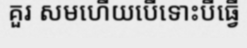
គួរ សមហើយបើទោះបីធ្វើ